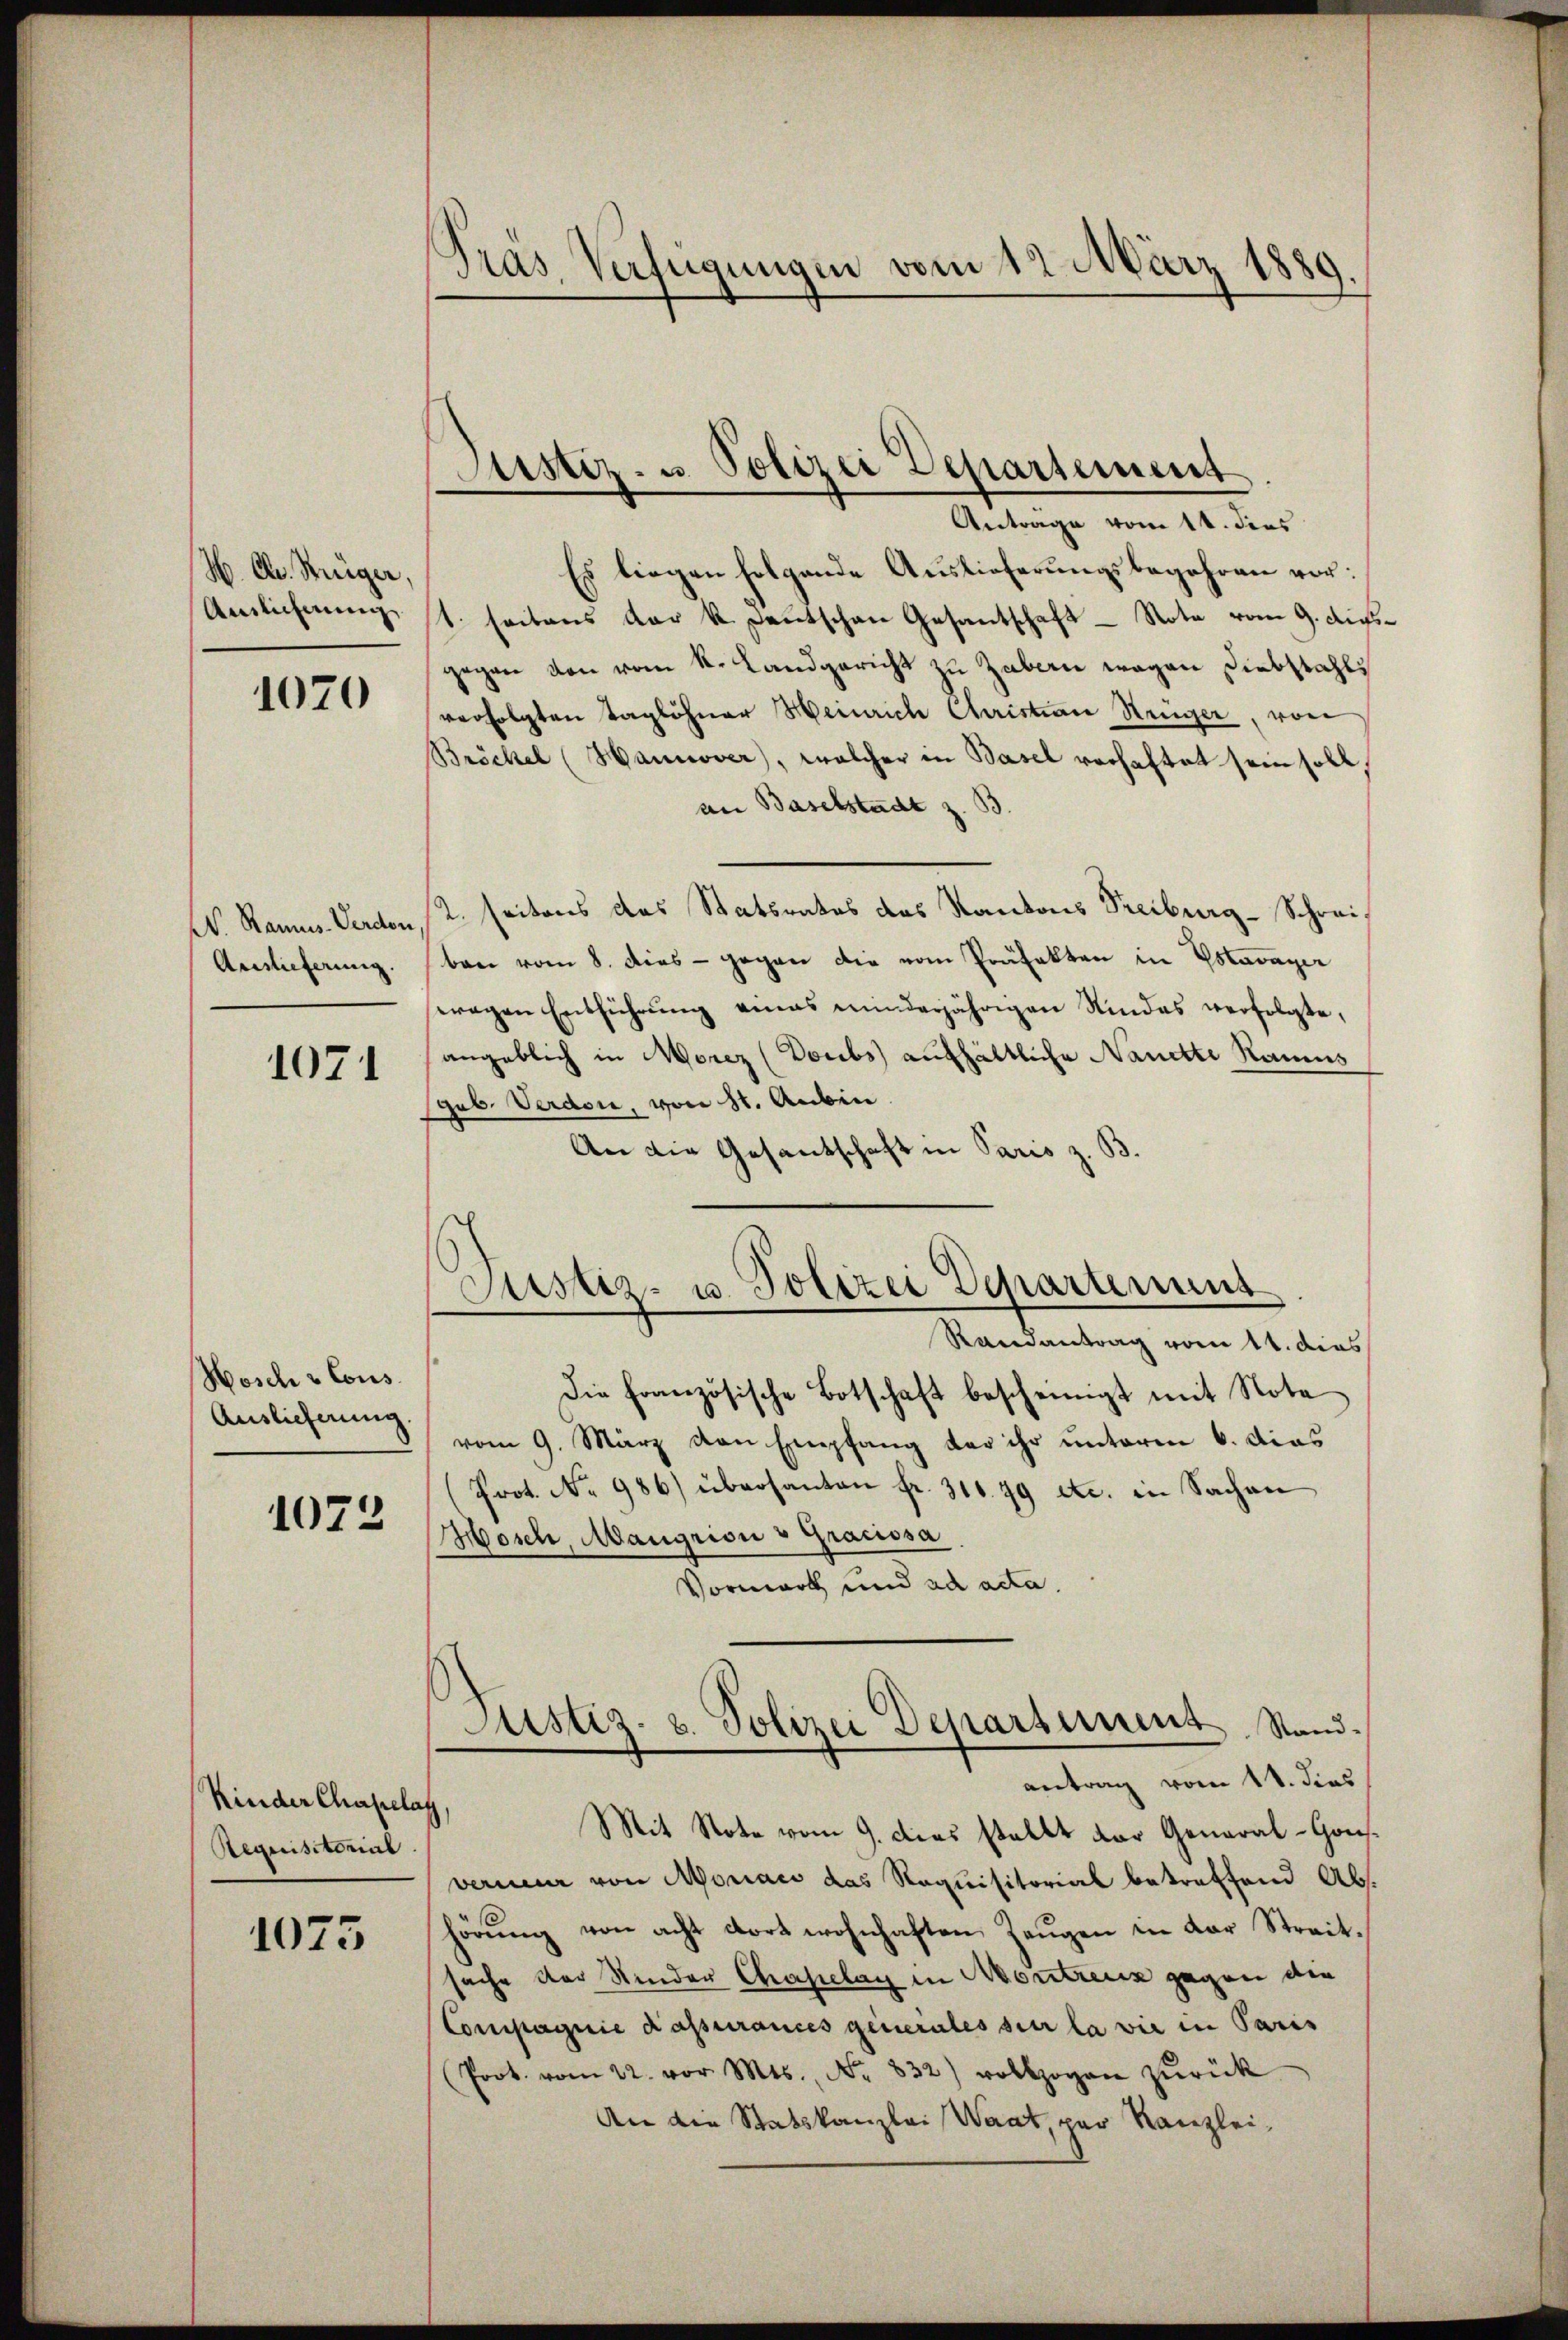
W. Ch. Steiger,
Anslicherung

1070

N. Ramus-Verdon
Auslieferung.

1071

Wosch & Cons.
Auslieferung.
1073

Kinder Chapelag,
Requisitorial.

1073

Gras Verfügungen vom 12. März 1889.

Justiz- u. Polizei Departement

Antrage vom 11. dies
Es liegen folgende Auslieferungsbegehren vor:
1. seitens der k. Deutschen Gesantschaft - Nota vom 9. Ausgegen von vom k. Landgericht zu Zubern wegen Diebstahls
verfolgten Taglöhner Heinrich Christian Strüger, von
Bröckel (Hannover, welcher in Basel verhaftet sein soll,
an Baselstadt z. B.
2. Seitens das Statsrates das Kantons Treiburg-Schreiben vom 8. Dies - gegen die vom Präfekten in Estavayer
eragen Entführŭng eines minderjährigen Rindes verfolgte,
angeblich in Morez (Doubs aufhältliche Nanette Raums
geb. Verdon, von St. Aubin
An die Gesantschaft in Paris z. B.
Die französische Botschaft bescheinigt mit Nota
vom 9. März von Empfang der ihr unterm 6. dies
Prot. No 986) übersanten fr. 311. 79 etc. in Sachen
Mosch, Maugrion v Gracissa
Vormark und ad acta.
Justiz- u. Polizei Departement. Stand.
antrag vom 11. dies
Mit Note vom 9. dies stellt der General-Gousverneur von Moniaci das Requisitorial betreffend Abs.
hörŭng von acht dort wohnhaften Zeŭgen in der Streit.
sache der Kinder Chapelag in Montreuz gegen den
Compagnie Kassurances generales sie la wir in Paris
Poon zŭrück
An die Statskanzlei Waat, par Kanzlei,

Justiz- u. Polizei Departement
Randantrag vom 11. dies